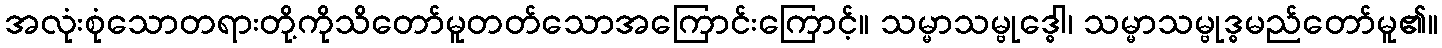
အလုံးစုံသောတရားတို့ကိုသိတော်မူတတ်သောအကြောင်းကြောင့်။ သမ္မာသမ္ဗုဒ္ဓေါ၊ သမ္မာသမ္ဗုဒ္ဓမည်တော်မူ၏။